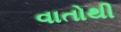
વાતોથી